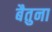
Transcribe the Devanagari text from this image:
बैतुना